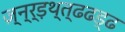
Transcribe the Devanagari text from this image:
ज़्न्र्ड़थ्त्ढढड्ढ